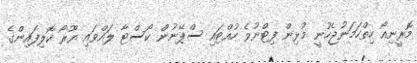
މޮރީނިއޯ ހިތްހަމަނުޖެހުނީ މުޅިން ފިޓްނުވެ ހުއްޓައި ސްޕޭނުން ކޯސްޓާ ލައްވައި ޔޫރޯ ކޮލިފައިންގެ